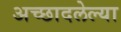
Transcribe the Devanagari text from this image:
अच्छादलेल्या